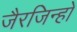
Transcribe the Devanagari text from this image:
जैरजिन्हो